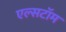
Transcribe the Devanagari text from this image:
एल्सटॉम